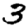
Digit: 3